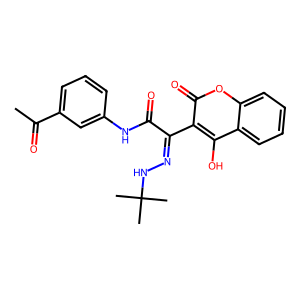
SMILES: CC(=O)c1cccc(NC(=O)C(=NNC(C)(C)C)c2c(O)c3ccccc3oc2=O)c1
Inhibits HIV replication: No